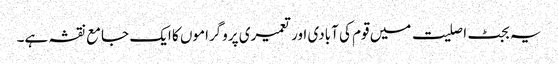
یہ بجٹ اصلیت میں قوم کی آبادی اور تعمیری پروگراموں کا ایک جامع نقشہ ہے۔